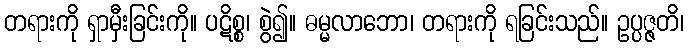
တရားကို ရှာမှီးခြင်းကို။ ပဋိစ္စ၊ စွဲ၍။ ဓမ္မလာဘော၊ တရားကို ရခြင်းသည်။ ဥပ္ပဇ္ဇတိ၊